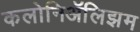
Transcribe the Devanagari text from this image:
कलोनिॲलिझम